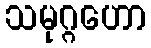
သမုဂ္ဂဟော